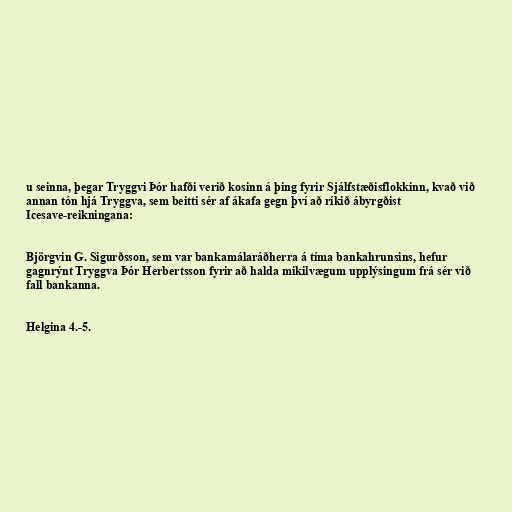
u seinna, þegar Tryggvi Þór hafði verið kosinn á þing fyrir Sjálfstæðisflokkinn, kvað við
annan tón hjá Tryggva, sem beitti sér af ákafa gegn því að ríkið ábyrgðist
Icesave-reikningana:

Björgvin G. Sigurðsson, sem var bankamálaráðherra á tíma bankahrunsins, hefur
gagnrýnt Tryggva Þór Herbertsson fyrir að halda mikilvægum upplýsingum frá sér við
fall bankanna.

Helgina 4.-5.